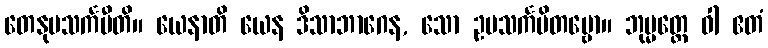
တေနုပသင်္ကမီတိ။ ယေနာတိ ယေန ဒိသာဘာဂေန, သော ဥပသင်္ကမိတဗ္ဗော။ ဘုမ္မတ္ထေ ဝါ ဧတံ